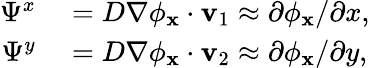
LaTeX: \begin{array}{rl}{\Psi^{x}}&{{}=D\nabla\phi_{\mathbf{x}}\cdot\mathbf{v}_{1}\approx\partial\phi_{\mathbf{x}}/\partial x,}\\ {\Psi^{y}}&{{}=D\nabla\phi_{\mathbf{x}}\cdot\mathbf{v}_{2}\approx\partial\phi_{\mathbf{x}}/\partial y,}\end{array}